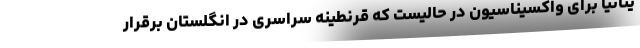
یتانیا برای واکسیناسیون در حالیست که قرنطینه سراسری در انگلستان برقرار